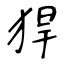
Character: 猂